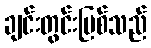
ချင်းတွင်းမြစ်သည်